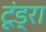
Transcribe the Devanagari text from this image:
टूंड्रा